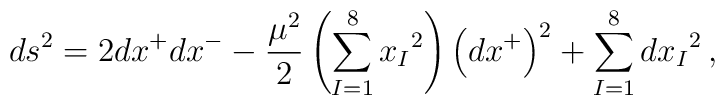
ds^2 = 2 dx^+ dx^- - \frac{\mu^2}{2} \left( \sum_{I=1}^8 {x_I}^2 \right)       \left( dx^+ \right)^2 + \sum_{I=1}^8 {dx_I}^2 \,,